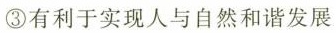
③有利于实现人与自然和谐发展